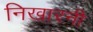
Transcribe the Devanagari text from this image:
निखारनी